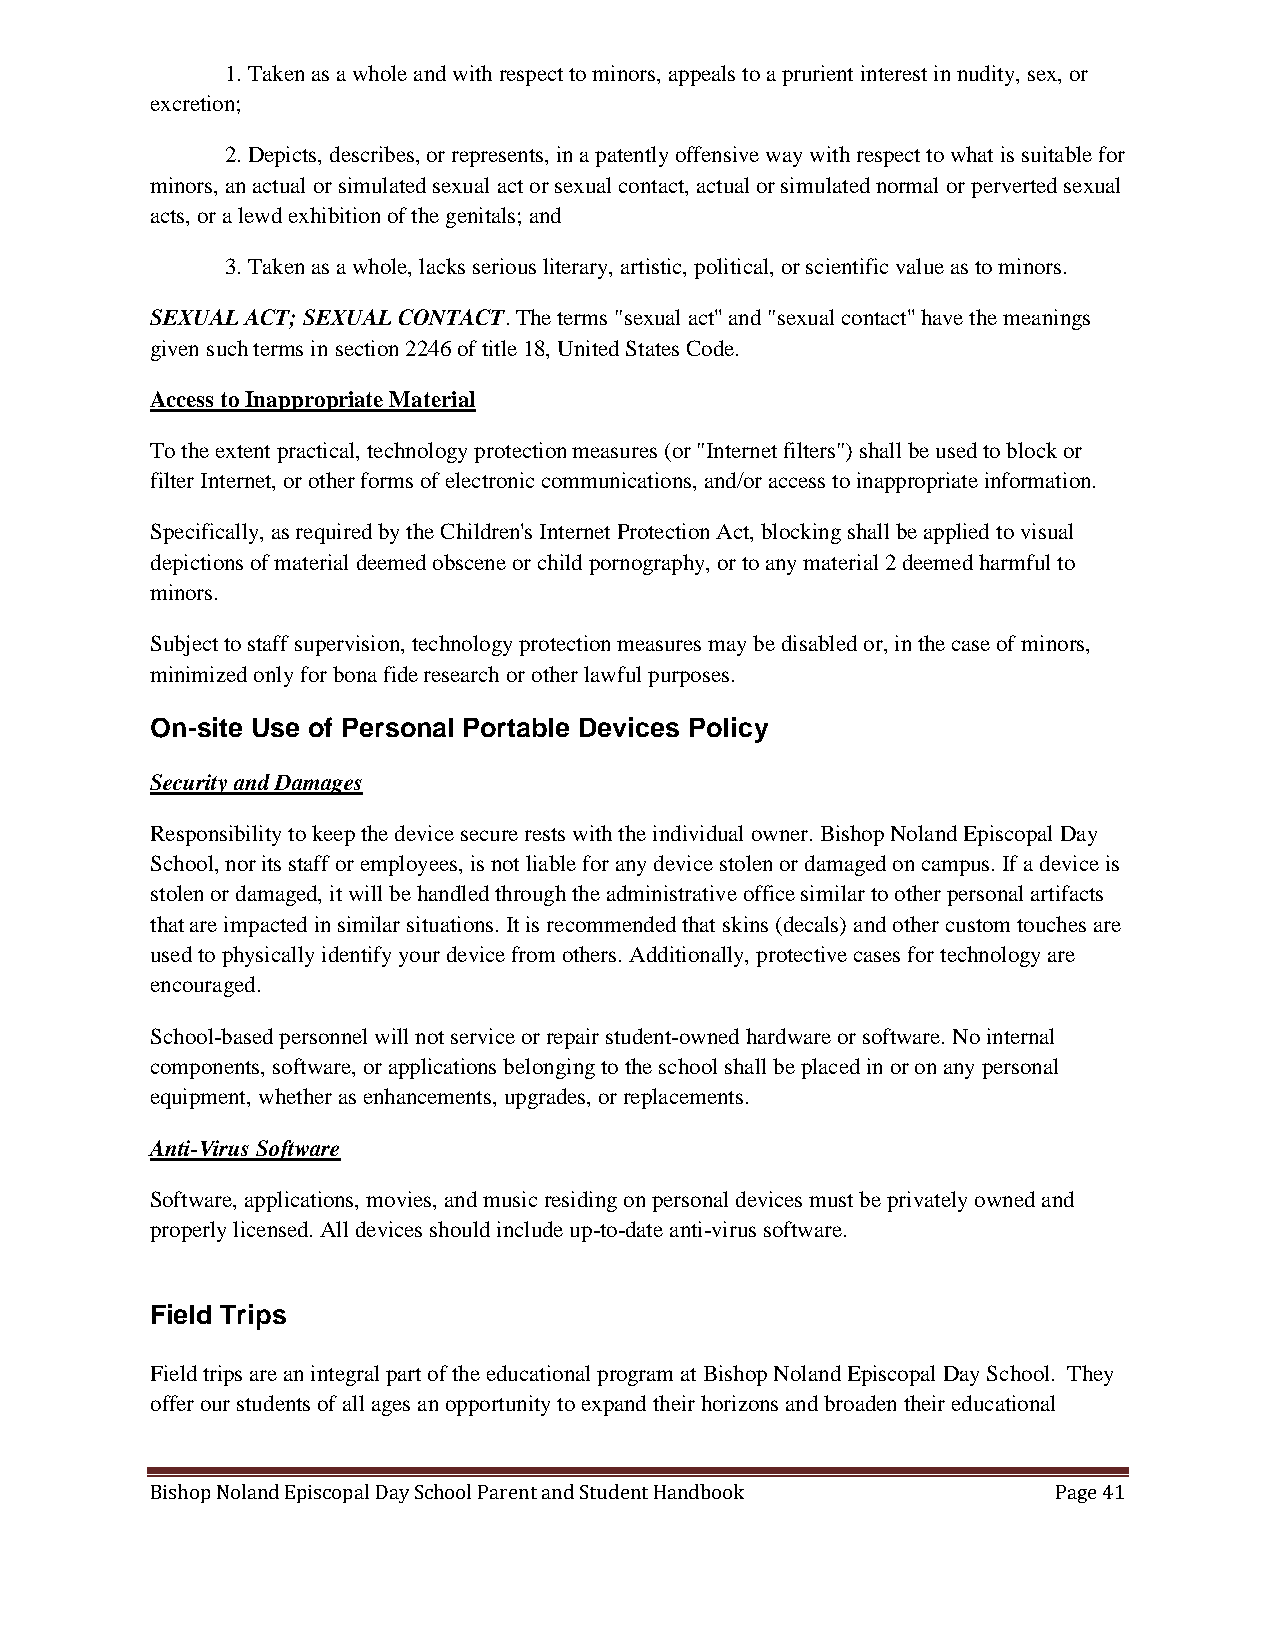
1. Taken as a whole and with respect to minors, appeals to a prurient interest in nudity, sex, or
 excretion;
 2. Depicts, describes, or represents, in a patently offensive way with respect to what is suitable for
 minors, an actual or simulated sexual act or sexual contact, actual or simulated normal or perverted sexual
 acts, or a lewd exhibition of the genitals; and
 3. Taken as a whole, lacks serious literary, artistic, political, or scientific value as to minors.
 SEXUAL ACT; SEXUAL CONTACT. The terms "sexual act'' and "sexual contact'' have the meanings
 given such terms in section 2246 of title 18, United States Code.
 Access to Inappropriate Material
 To the extent practical, technology protection measures (or "Internet filters") shall be used to block or
 filter Internet, or other forms of electronic communications, and/or access to inappropriate information.
 Specifically, as required by the Children's Internet Protection Act, blocking shall be applied to visual
 depictions of material deemed obscene or child pornography, or to any material 2 deemed harmful to
 minors.
 Subject to staff supervision, technology protection measures may be disabled or, in the case of minors,
 minimized only for bona fide research or other lawful purposes.
 On-site Use of Personal Portable Devices Policy
 Security and Damages
 Responsibility to keep the device secure rests with the individual owner. Bishop Noland Episcopal Day
 School, nor its staff or employees, is not liable for any device stolen or damaged on campus. If a device is
 stolen or damaged, it will be handled through the administrative office similar to other personal artifacts
 that are impacted in similar situations. It is recommended that skins (decals) and other custom touches are
 used to physically identify your device from others. Additionally, protective cases for technology are
 encouraged.
 School-based personnel will not service or repair student-owned hardware or software. No internal
 components, software, or applications belonging to the school shall be placed in or on any personal
 equipment, whether as enhancements, upgrades, or replacements.
 Anti-Virus Software
 Software, applications, movies, and music residing on personal devices must be privately owned and
 properly licensed. All devices should include up-to-date anti-virus software.
 Field Trips
 Field trips are an integral part of the educational program at Bishop Noland Episcopal Day School. They
 offer our students of all ages an opportunity to expand their horizons and broaden their educational
 Bishop Noland Episcopal Day School Parent and Student Handbook Page 41